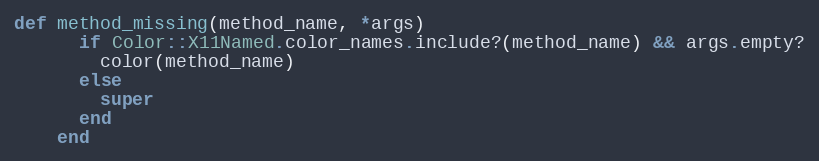
Language: Ruby
def method_missing(method_name, *args)
      if Color::X11Named.color_names.include?(method_name) && args.empty?
        color(method_name)
      else
        super
      end
    end